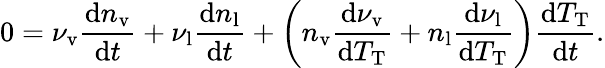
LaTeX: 0=\nu_{\mathrm{v}}\frac{\mathrm{d}n_{\mathrm{v}}}{\mathrm{d}t}+\nu_{\mathrm{l}}\frac{\mathrm{d}n_{\mathrm{l}}}{\mathrm{d}t}+\bigg(n_{\mathrm{v}}\frac{\mathrm{d}\nu_{\mathrm{v}}}{\mathrm{d}T_{\mathrm{T}}}+n_{\mathrm{l}}\frac{\mathrm{d}\nu_{\mathrm{l}}}{\mathrm{d}T_{\mathrm{T}}}\bigg)\frac{\mathrm{d}T_{\mathrm{T}}}{\mathrm{d}t}.